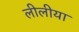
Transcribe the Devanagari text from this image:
लीलीया